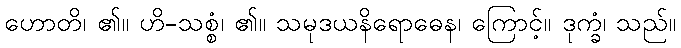
ဟောတိ၊ ၏။ ဟိ-သစ္စံ၊ ၏။ သမုဒယနိရောဓေန၊ ကြောင့်။ ဒုက္ခံ၊ သည်။